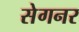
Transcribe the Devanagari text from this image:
सेगनर